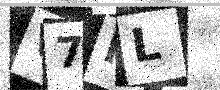
Text: V7RL